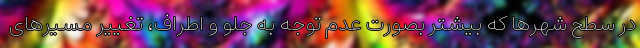
در سطح شهرها که بیشتر بصورت عدم توجه به جلو و اطراف، تغییر مسیرهای